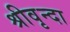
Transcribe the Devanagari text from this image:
श्रीवृन्दा